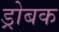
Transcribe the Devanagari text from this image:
ड्रोबक